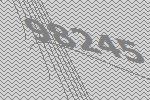
98245